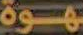
هوة